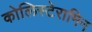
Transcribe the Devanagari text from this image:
कोलिस्टेरामिन